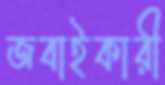
জবাইকারী